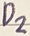
Text: D2